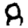
Digit: 8